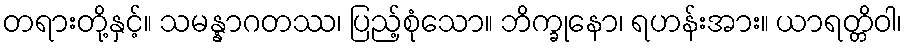
တရားတို့နှင့်။ သမန္နာဂတဿ၊ ပြည့်စုံသော။ ဘိက္ခုနော၊ ရဟန်းအား။ ယာရတ္တိဝါ၊